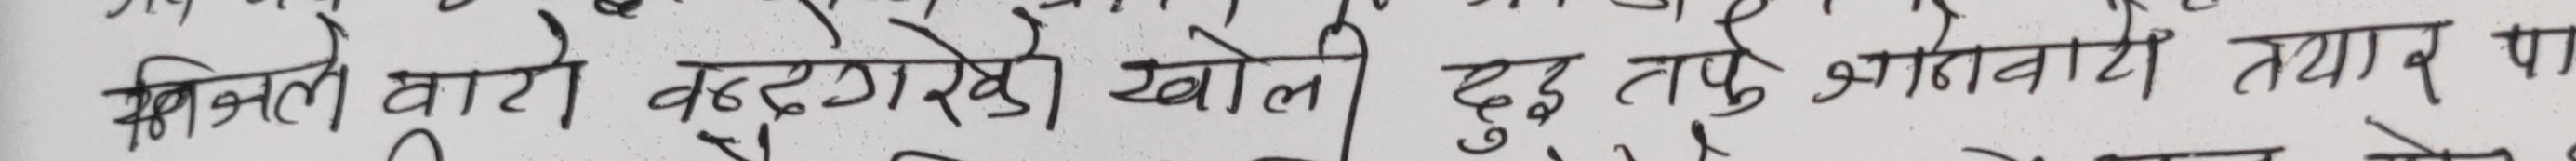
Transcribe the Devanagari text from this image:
भित्ता वारेको वढुङ्गरिको खोलो दुइ तर्फ आवातवाी तयार पाए